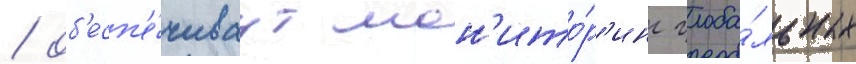
/ об'есп'е́чиваут мон'ито́р'инг глоба́льных